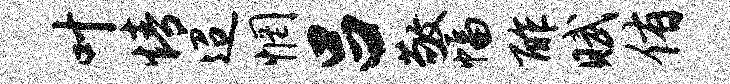
叶情迢惘吕敬幅酢赋侑